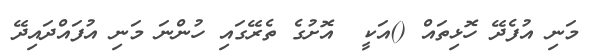
މަނި އުފެދޭ ހޮޅިތައް ()އަކީ  އޮށުގެ ތެރޭގައި ހުންނަ މަނި އުފައްދައިދޭ